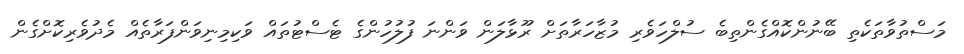
މަސްތުވާތަކެތި ބޭނުންކޮއްގެންތިބެ ސުލްހަވެރި މުޒާހަރާތަށް ރޫޅާލަން ވަންނަ ފުލުހުންގެ ޓެސްޓުތައް ވަކިމިނިވަންފަރާތެއް މެދުވެރިކޮށްގެން